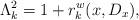
LaTeX: \begin{align*}\Lambda_k^2=1+r_k^w(x,D_x),\end{align*}